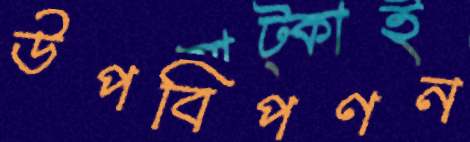
উপবিপণন